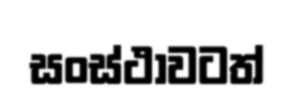
සංස්ථාවටත්